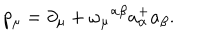
p _ { \mu } = \partial _ { \mu } + \omega _ { \mu } { } ^ { \alpha \beta } a _ { \alpha } ^ { + } a _ { \beta } .